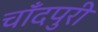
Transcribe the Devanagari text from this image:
चाँदपुरी